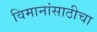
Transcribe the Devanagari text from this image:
विमानांसाठीचा